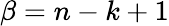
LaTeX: \beta=n-k+1